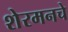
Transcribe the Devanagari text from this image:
शेरमनचे